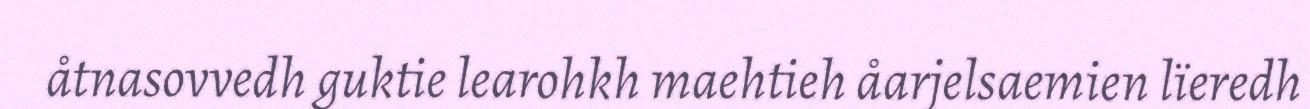
åtnasovvedh guktie learohkh maehtieh åarjelsaemien lïeredh